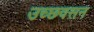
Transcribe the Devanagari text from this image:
उच्छवसन